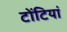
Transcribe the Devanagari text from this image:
टोंटियां